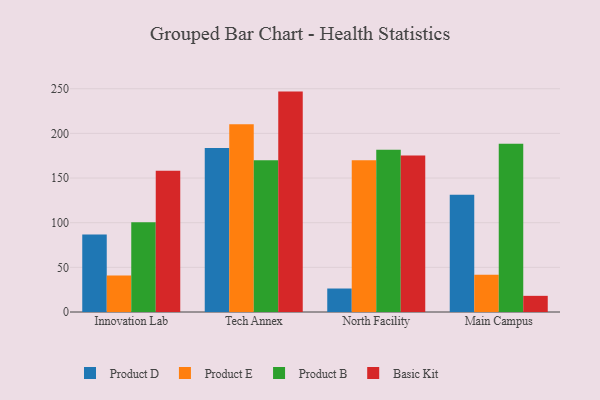
{"axis": {"x": "Campus", "y": "Temperature (°C)"}, "legend": ["Basic Kit", "Product B", "Product D", "Product E"], "data": [{"x": "Innovation Lab", "y": 86.9, "type": "Product D"}, {"x": "Innovation Lab", "y": 40.9, "type": "Product E"}, {"x": "Innovation Lab", "y": 100.5, "type": "Product B"}, {"x": "Innovation Lab", "y": 158.2, "type": "Basic Kit"}, {"x": "Tech Annex", "y": 183.7, "type": "Product D"}, {"x": "Tech Annex", "y": 210.3, "type": "Product E"}, {"x": "Tech Annex", "y": 170.0, "type": "Product B"}, {"x": "Tech Annex", "y": 246.8, "type": "Basic Kit"}, {"x": "North Facility", "y": 26.3, "type": "Product D"}, {"x": "North Facility", "y": 170.0, "type": "Product E"}, {"x": "North Facility", "y": 181.8, "type": "Product B"}, {"x": "North Facility", "y": 175.3, "type": "Basic Kit"}, {"x": "Main Campus", "y": 131.4, "type": "Product D"}, {"x": "Main Campus", "y": 41.8, "type": "Product E"}, {"x": "Main Campus", "y": 188.3, "type": "Product B"}, {"x": "Main Campus", "y": 18.1, "type": "Basic Kit"}]}